65_HS1-834228961_62-HQ-83894_Section_6
Agency: FBI
Page 251
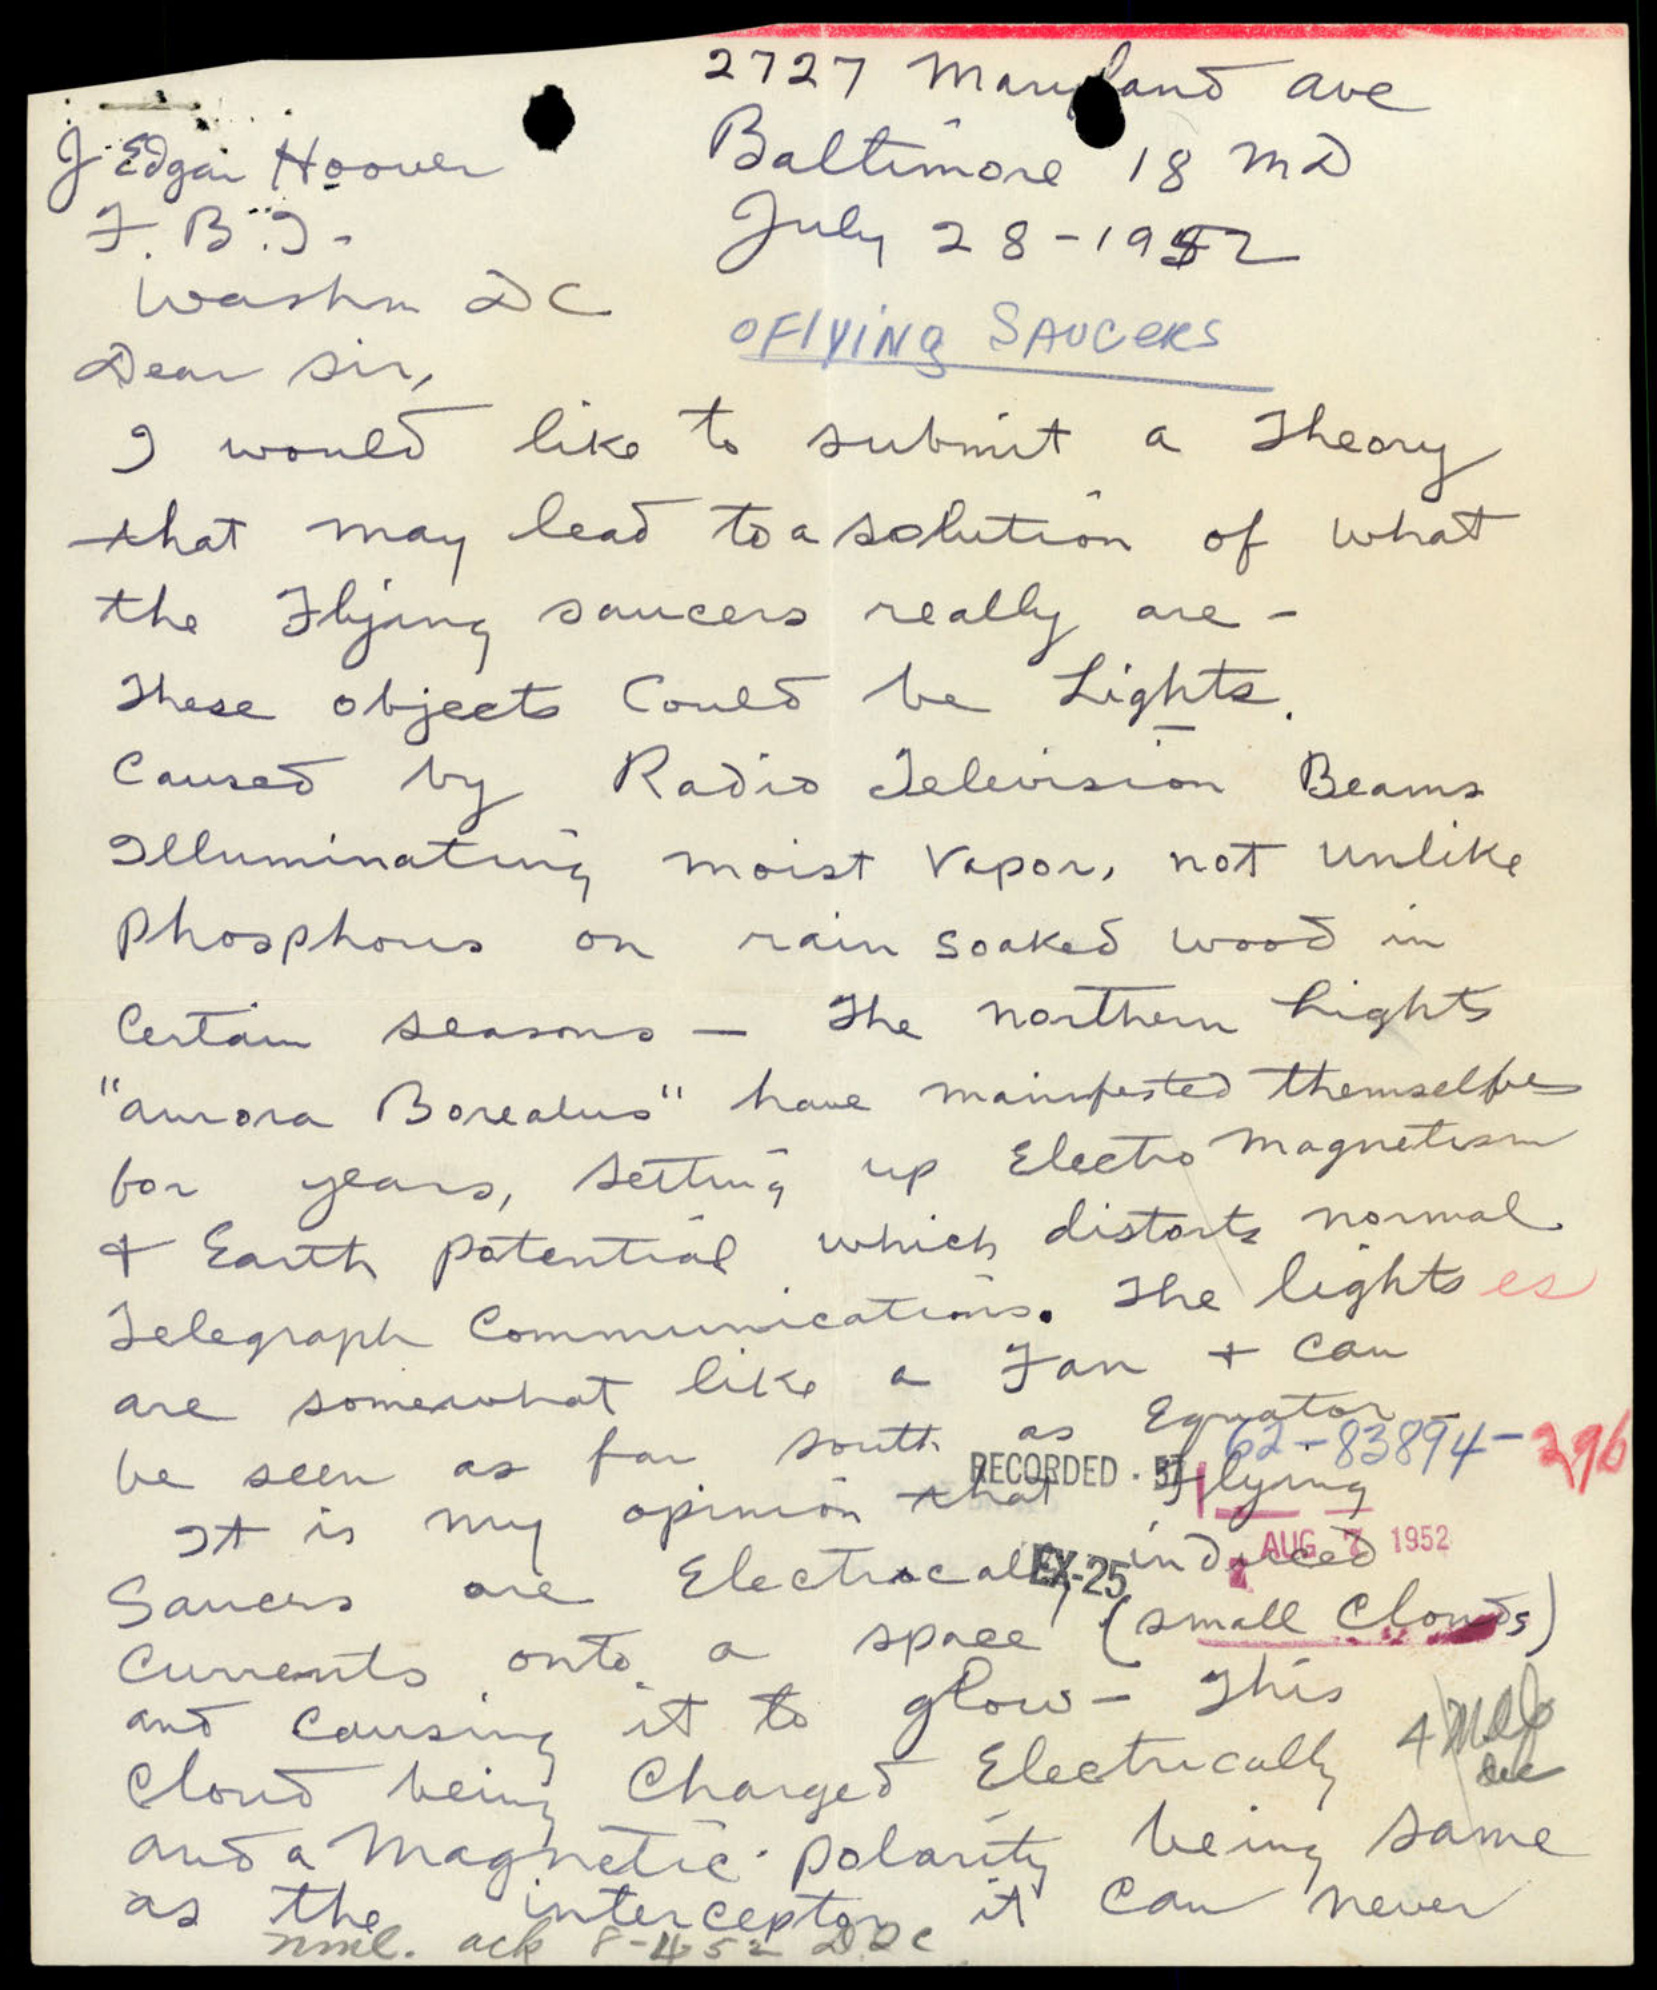